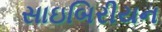
સાઇબિરીયન